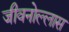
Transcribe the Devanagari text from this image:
जीवनोल्लास